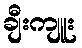
ချီးကျူး